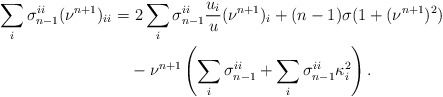
\begin{align*}\sum_i \sigma_{n-1}^{ii}(\nu^{n+1})_{ii} =&\ 2\sum_i \sigma_{n-1}^{ii}\frac{u_i}{u} (\nu^{n+1})_i+(n-1)\sigma (1+(\nu^{n+1})^2)\\&-\nu^{n+1}\left(\sum_i \sigma_{n-1}^{ii}+\sum_i \sigma_{n-1}^{ii}\kappa_i^2\right).\end{align*}